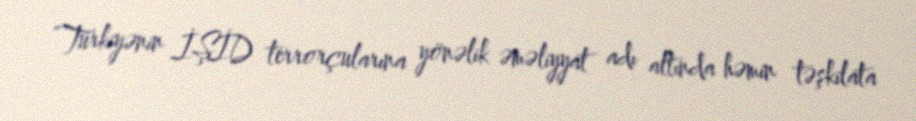
“Türkiyənin İŞİD terrorçularına yönəlik əməliyyat adı altında həmin təşkilata